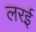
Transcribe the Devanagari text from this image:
लरई